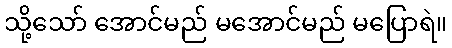
သို့သော် အောင်မည် မအောင်မည် မပြောရဲ။